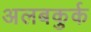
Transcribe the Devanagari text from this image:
अलबकुर्क